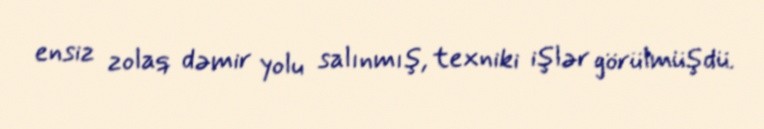
ensiz zolaq dəmir yolu salınmış, texniki işlər görülmüşdü.